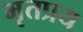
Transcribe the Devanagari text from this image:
मृतप्रय